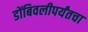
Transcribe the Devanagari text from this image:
डोंबिवलीपर्यंतचा